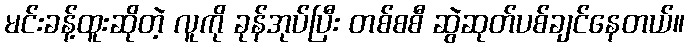
မင်းခန့်ထူးဆိုတဲ့ လူကို ခုန်အုပ်ပြီး တစ်စစီ ဆွဲဆုတ်ပစ်ချင်နေတယ်။